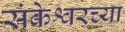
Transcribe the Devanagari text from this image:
संकेश्वरच्या